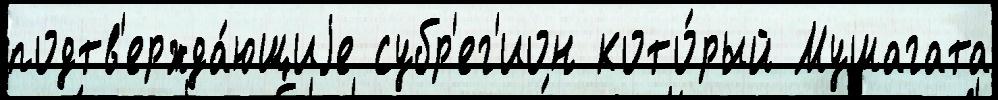
подтв'ержда́ющиjе субр'ег'ион кото́рый Мушагата